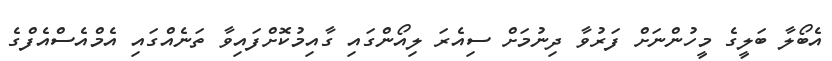
އެބޯލާ ބަލީގެ މީހުންނަށް ފަރުވާ ދިނުމަށް ސިއެރަ ލިއޯންގައި ގާއިމުކޮށްފައިވާ ތަނެއްގައި އެމްއެސްއެފްގެ